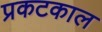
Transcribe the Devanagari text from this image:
प्रकटकाल